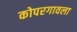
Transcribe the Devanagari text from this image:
कोपरगावला